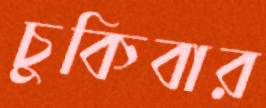
চুকিবার